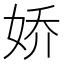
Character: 娇